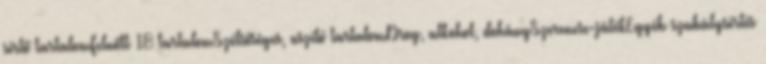
sértő tartalomFelnőtt 18 tartalomSzélsőséges, uszító tartalomDrog, alkohol, dohánySzerencse-játékEgyéb szabálysértés